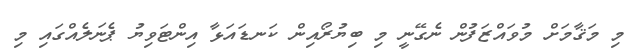
މި މަޤާމަށް މުވައްޒަފުން ނެގޭނީ މި ބިޔުރޯއިން ކަނޑައަޅާ އިންޓަވިޔު ޕެނަލެއްގައި މި